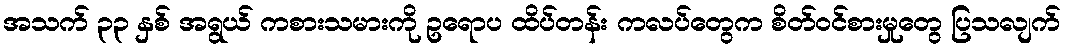
အသက် ၃၃ နှစ် အရွယ် ကစားသမားကို ဥရောပ ထိပ်တန်း ကလပ်တွေက စိတ်ဝင်စားမှုတွေ ပြသလျက်